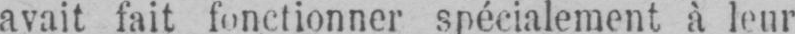
avait fait fonctionner spécialement à leur